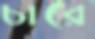
চারে